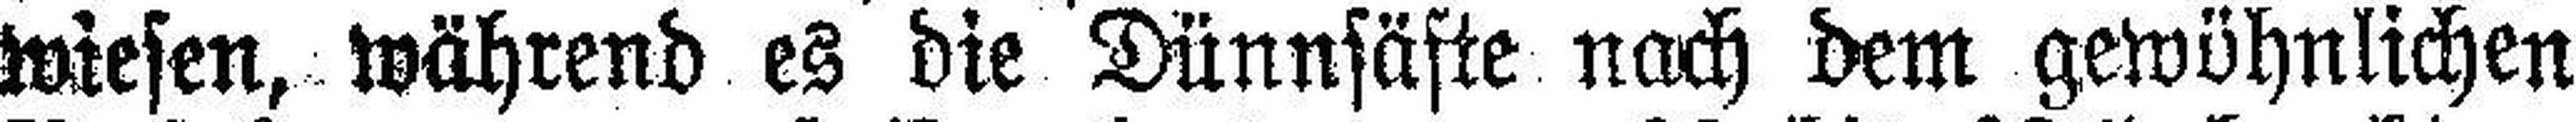
wiesen, während es die Dünnsäfte nach dem gewöhnlichen